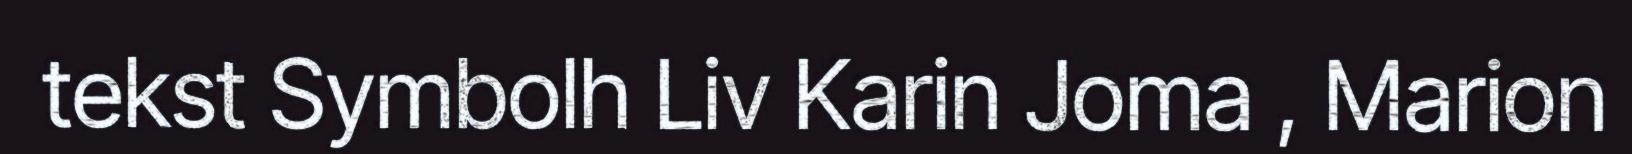
tekst Symbolh Liv Karin Joma , Marion